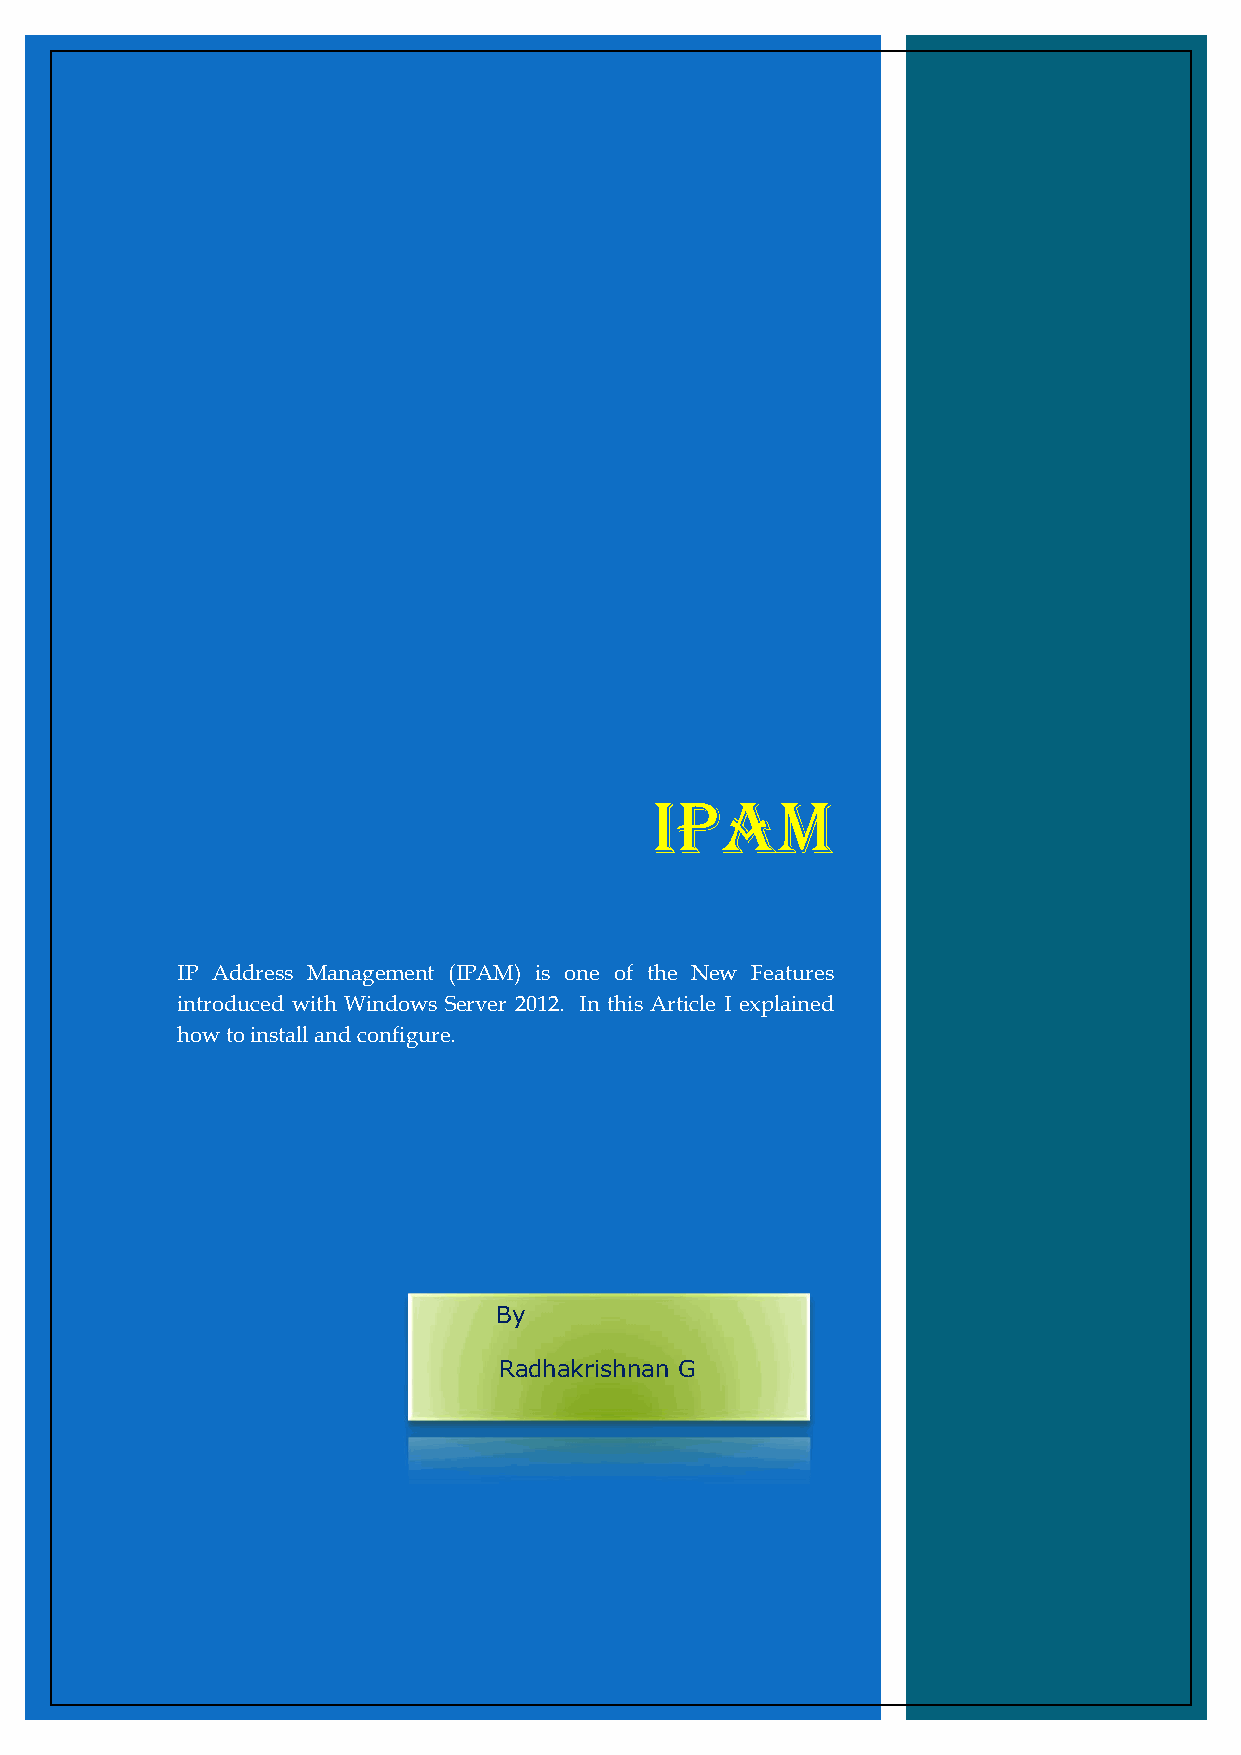
IPAM
 IP Address Management (IPAM) is one of the New Features
 introduced with Windows Server 2012. In this Article I explained
 how to install and configure.
 By
 Radhakrishnan G